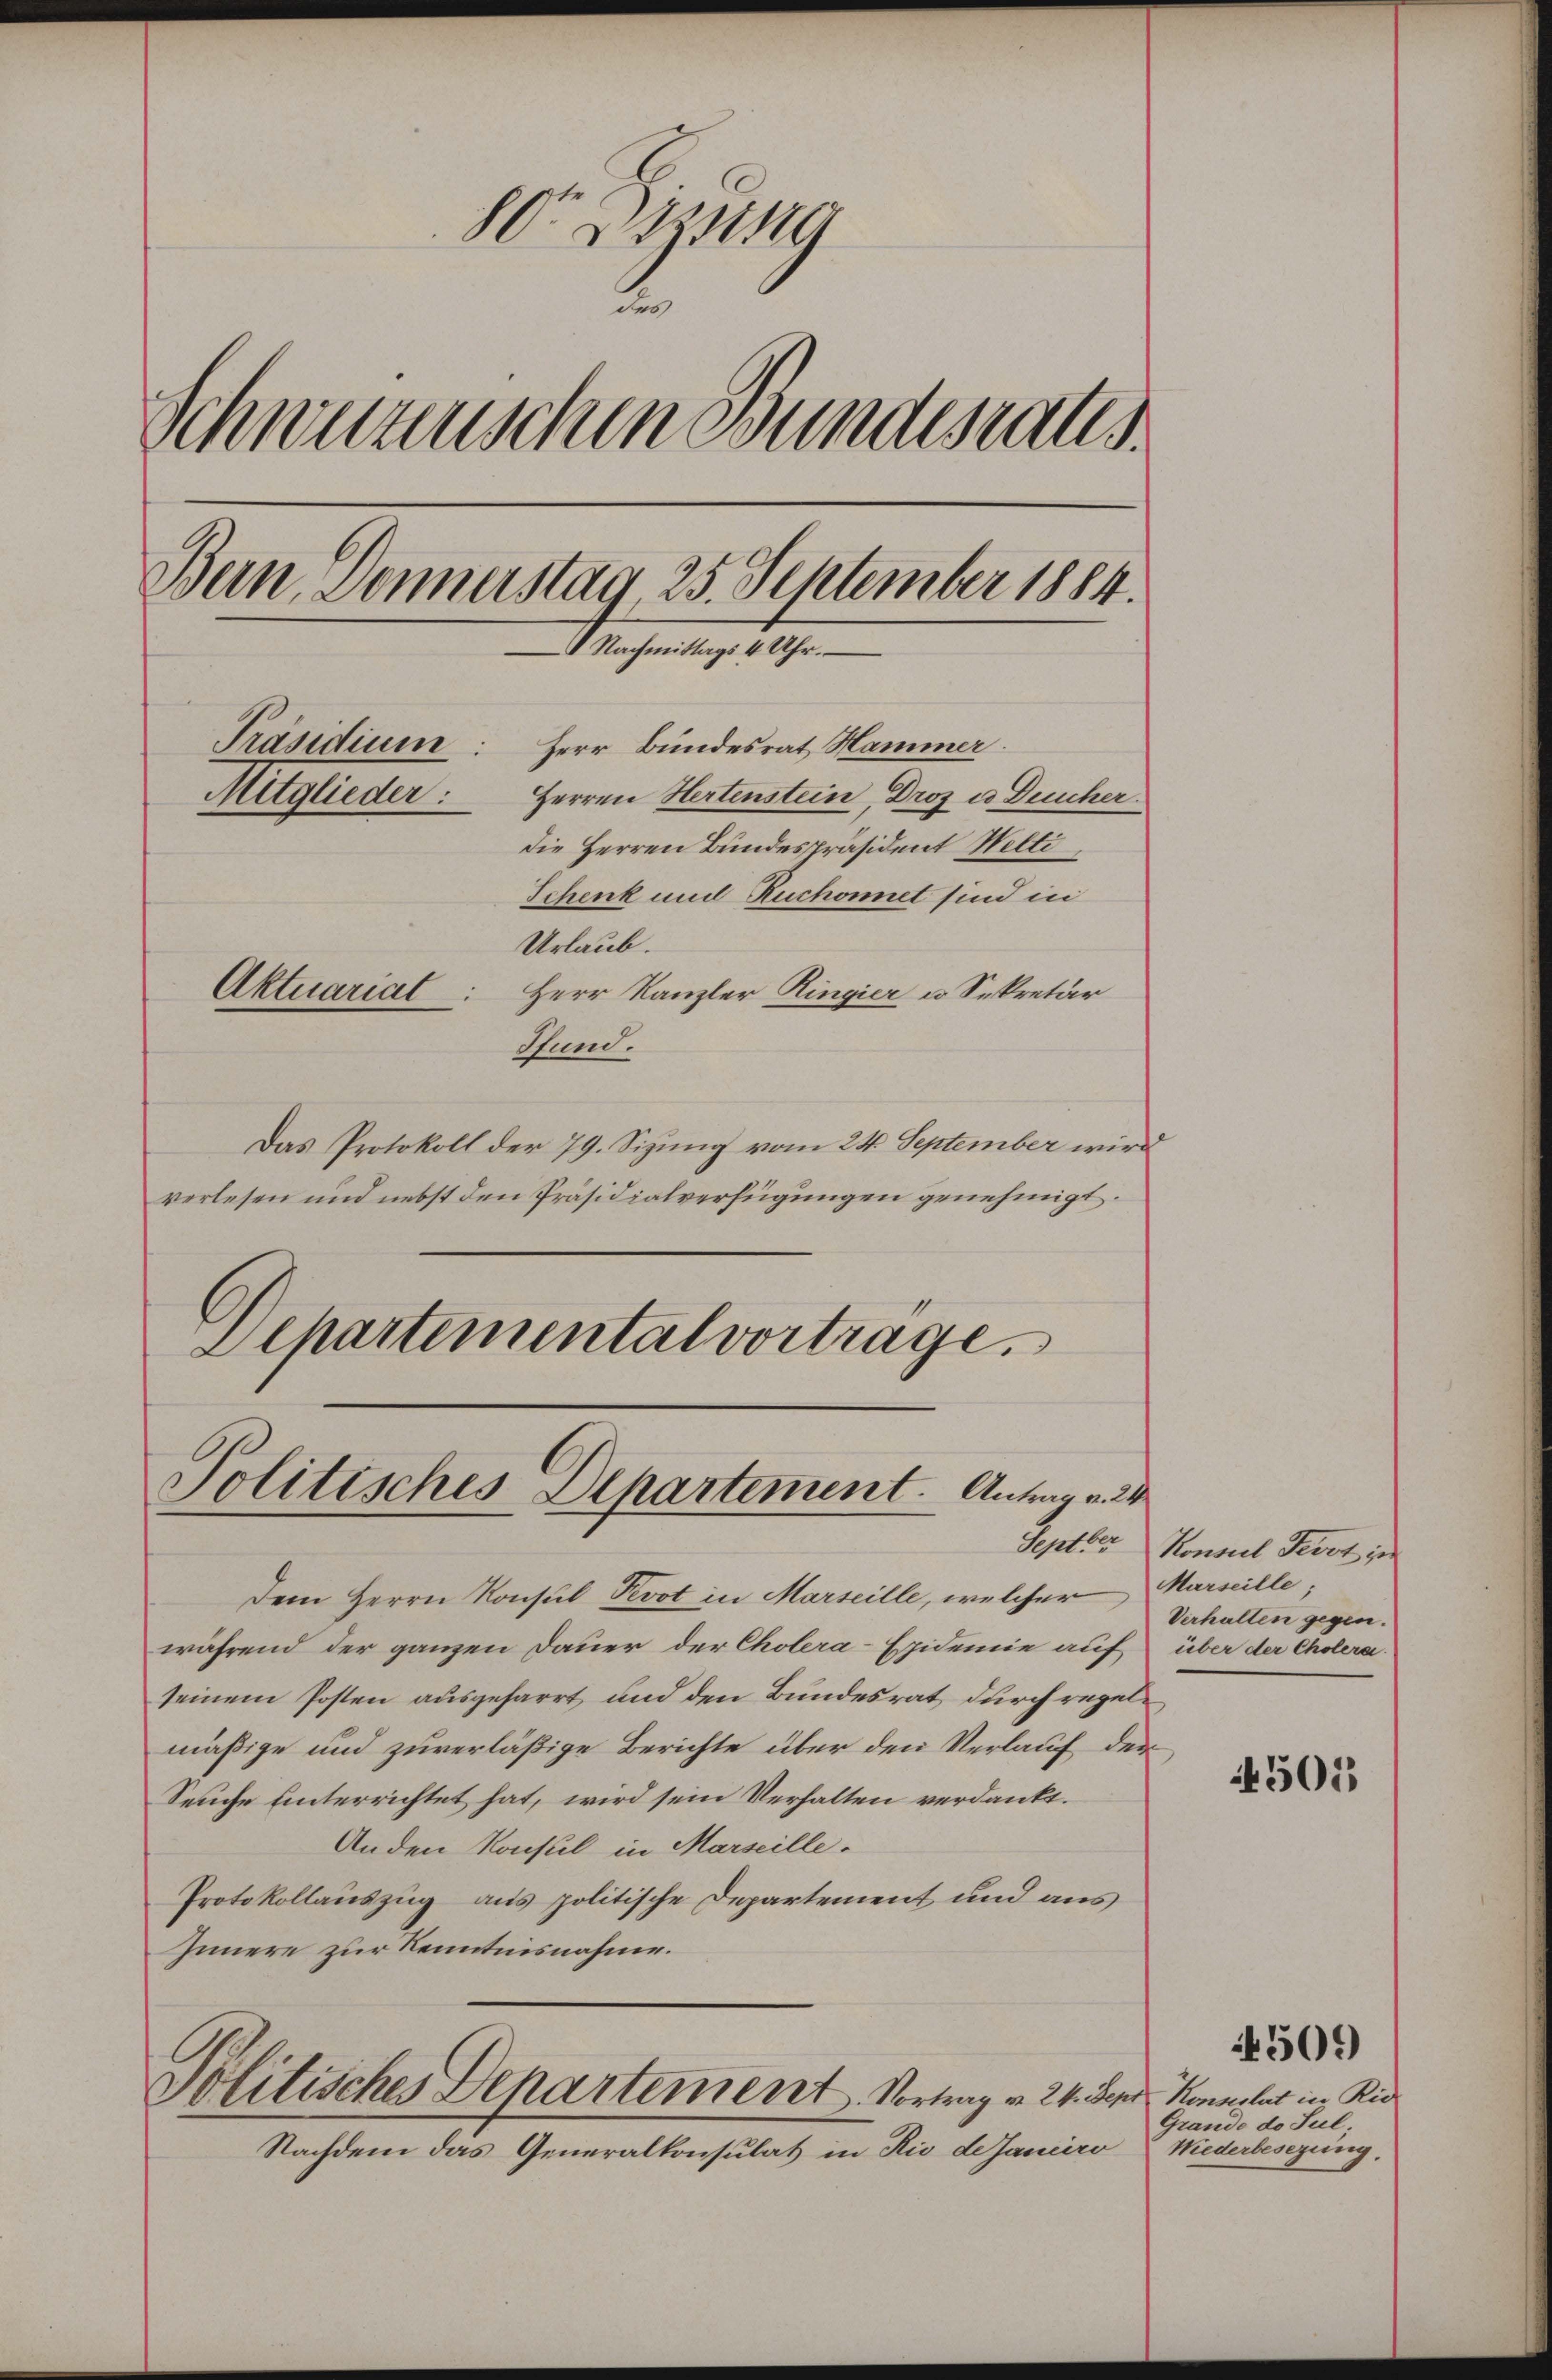
80 Btzung
e
Schwarzenschen Bundesrates.
Bern, Donnerstag, 25. September 1884.
 Nachmittags 4 Uhr.
Präsidium: Herr Bundesrat Hammer.
Mitglieder: Herren Hertenstein, Droz u Deucher
die Herren Bundespräsident Welti
Schenk und Ruchonnet sind in
Urlaub.
Aktuariat
Herr Kanzler Ringier u Sekretär
Stund.

Das Protokoll der 79. Sizung vom 24. September wird
verlesen und nebst den Präsidialverfügungen genehmigt.
Separtemental vortrage.

Politisches Departement. Antrag v. 24

Politisches Departement. Vortrag v. 24. de

Dem Herrn Konsul Kot in Marseille, welcher Marseille;
während der ganzen Dauer der Cholera-Epidemie auf über der Cholera
seinem Posten ausgeharrt, und den Bundesrat durch regelmäßige und zuverläßige Berichte über den Verlauf der
Seuche unterrichtet hat, wird sein Verhalten verdankt.
Anden Konsul in Marseille.
Protokollauszug aus politische Departement und aus
Innere zur Kenntnisnahme.

Nachdem das Generalkonsulat in Rio de Janeiro

Septer Konseil erst je
Verhalten gegen.

4503

4509)

er Konsestat in Ric
Grande de Jul.
Niederbesezung.